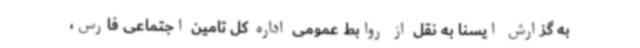
به گزارش ایسنا به نقل از روابط عمومی اداره کل تامین اجتماعی فارس،